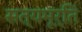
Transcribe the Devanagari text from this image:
सत्यमूर्ति